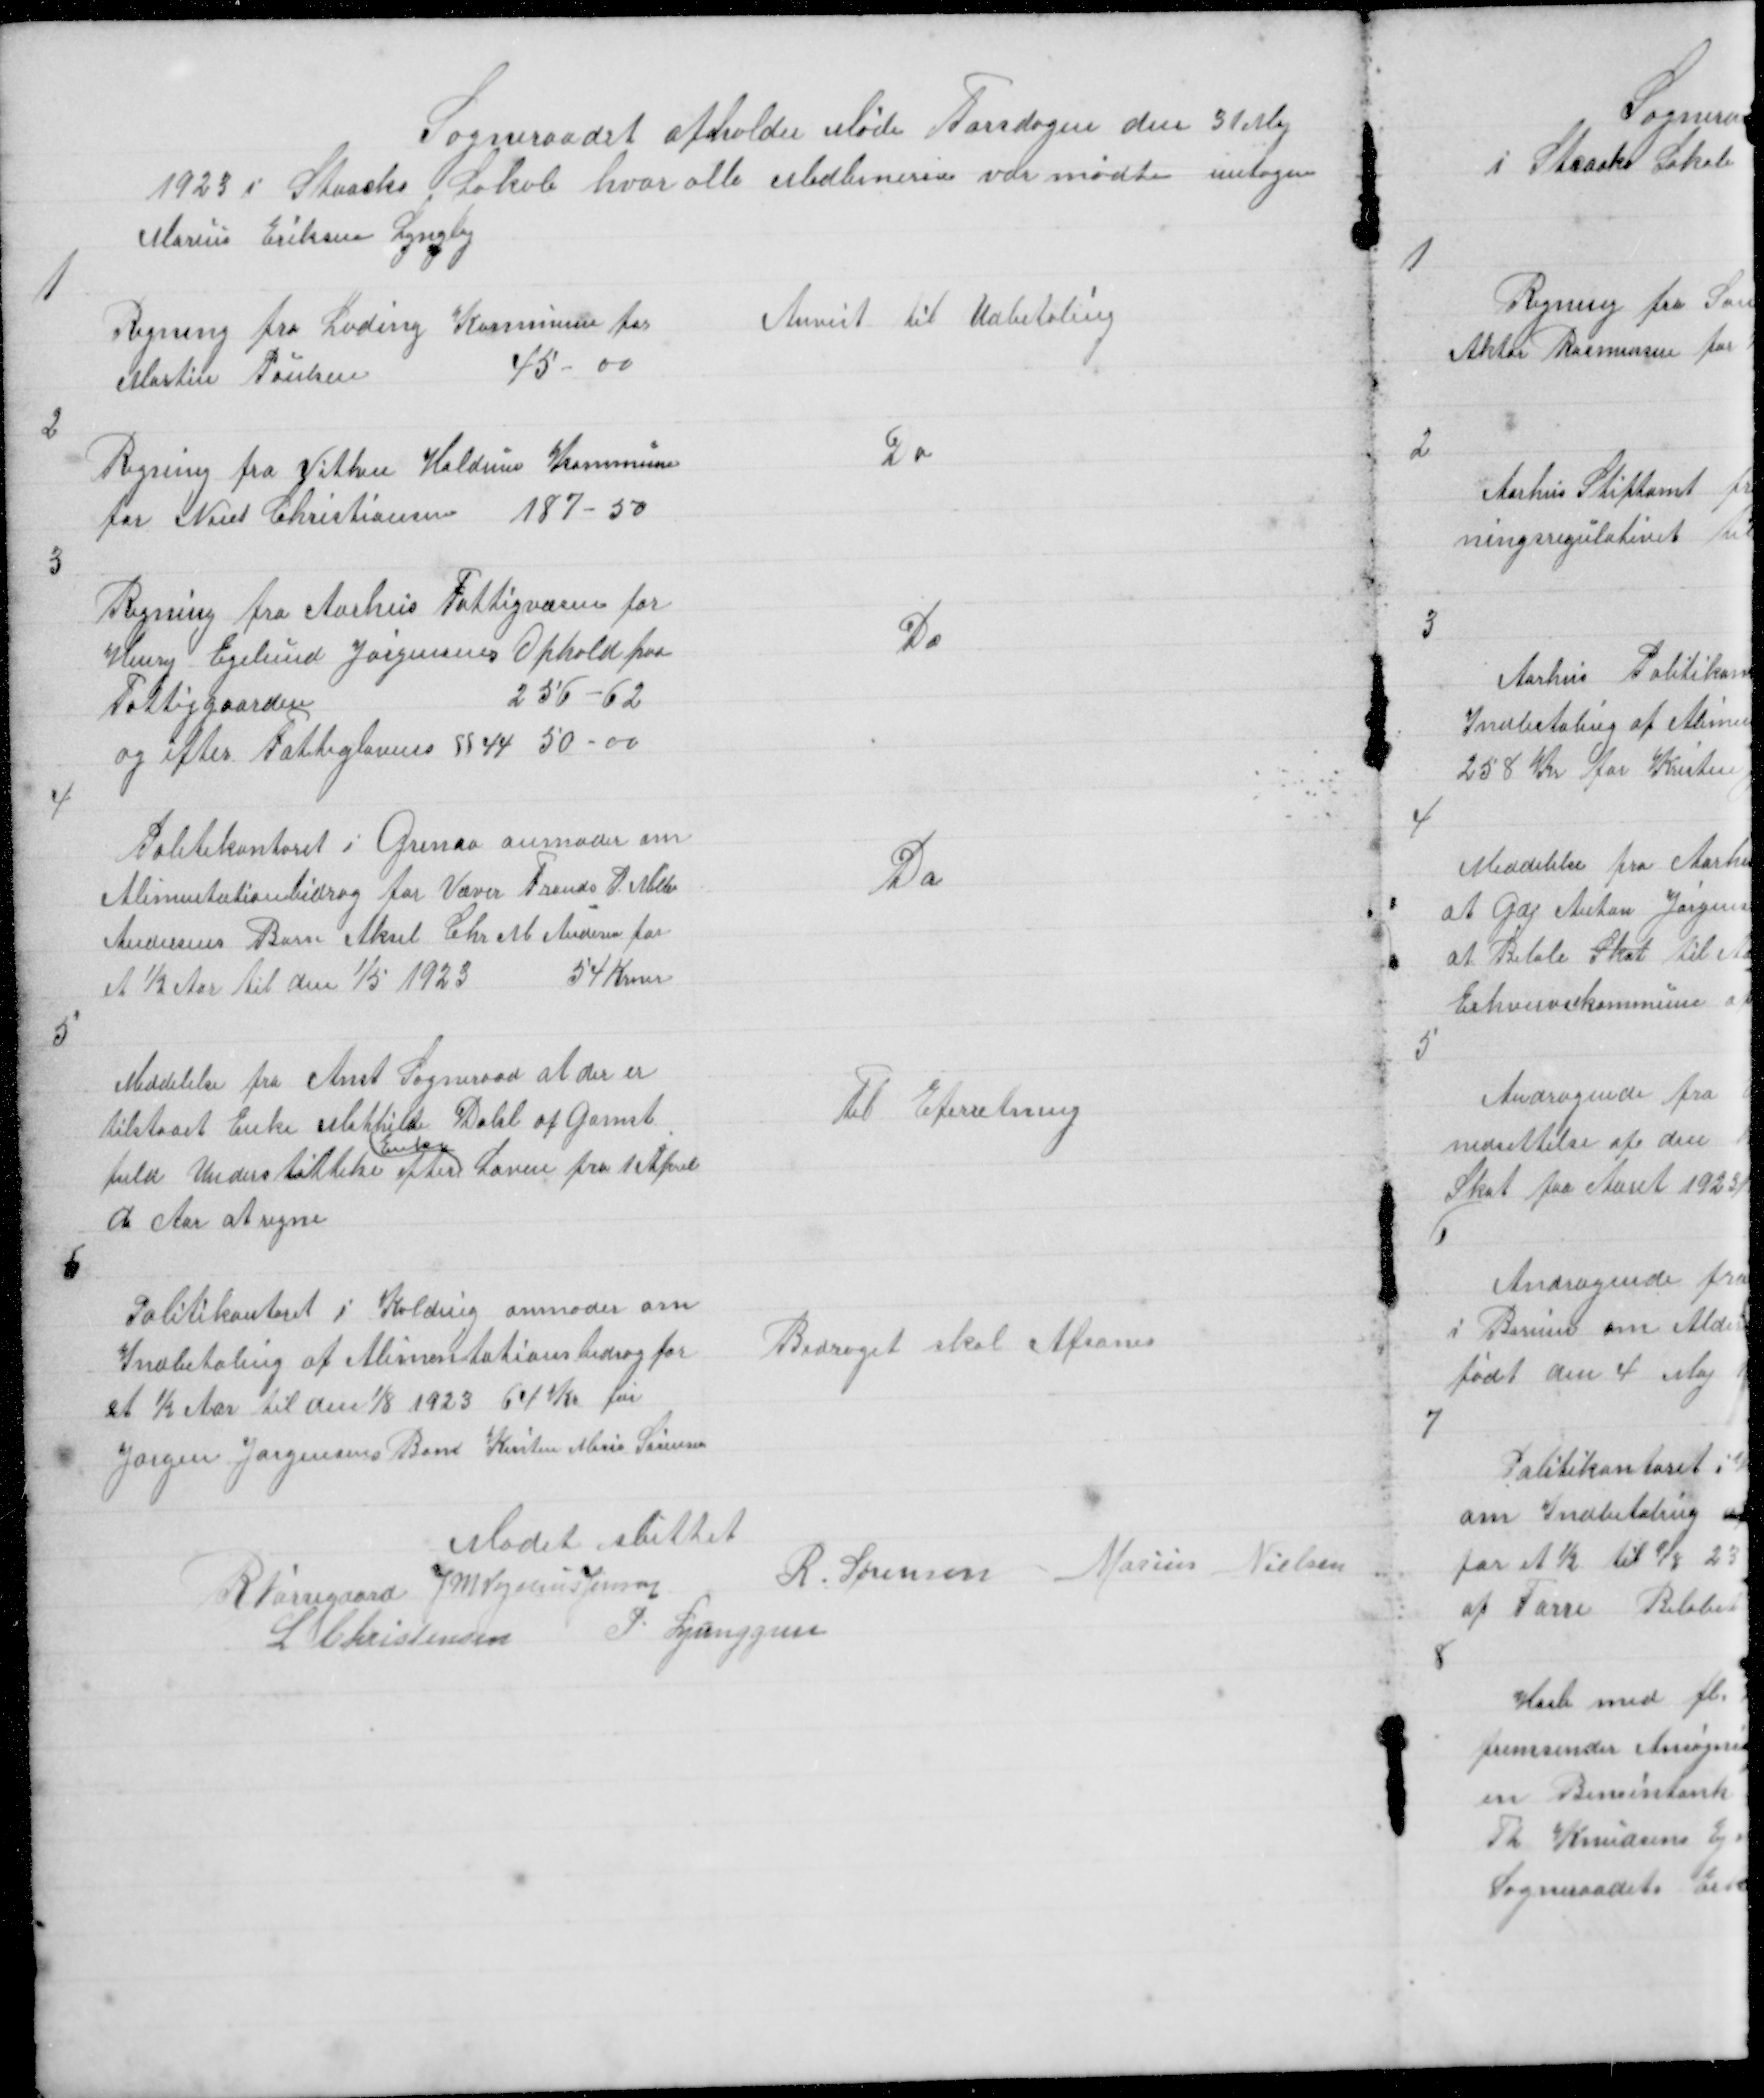
Transskription:
Sogneraadet afholder Møde Torsdagen den 31 Maj
1923 i Staacks Lokale hvor alle Medlemrne var mødte untagen
Marius Eriksen Lyngby

1

Regning fra Lading Kommune for
Martin Poulsen
45- 00

Anvist til Udbetaling

2

Regning fra Vithen Haldum Kommune
for Naiel Christiansen 187- 50

Do

3

Regning fra Aarhus Fattigvæsen for
Henry Egelund Jørgensens Ophold paa
Fattiggaarden
256 - 62
og efter Fattiglovens § 44 50-00

Do

4

Politikontoret i Grenaa anmoder om
Alimentationsbidrag for Væver Frands P Møller
Andersens Barn Aksel Chr M Andersen for
et ½ Aar til den 1/5 1923
54 Krner

Do

5

Meddelelse fra Anst Sogneraad at der er
tilstaaet Enke Mathilde Dahl af Gamst
fuld Understøttelse efter
Enke
Loven fra 1 April
d Aar at regne

Til Efterretning

6

Politikontoret i Kolding anmoder om
Indbetaling af Alimentationsbidrag for
et ½ Aar til den 1/8 1923 64 Kr for
Jørgen Jørgensens Bane Kirsten Marie Sørensen

Bidraget skal Afsones

Mødet sluttet
R Nørregaard J M Vogelius Jensen
R. Sørensen Marius Nielsen
L Christensen P. Ljunggren